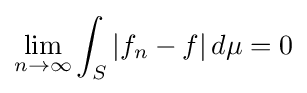
\lim _{n\to \infty }\int _{S}|f_{n}-f|\,d\mu =0